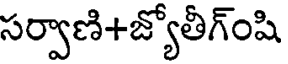
సర్వాణి+జ్యోతీగ్ంషి